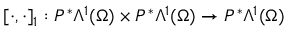
[ \cdot , \cdot ] _ { 1 } : P ^ { \ast } \Lambda ^ { 1 } ( \Omega ) \times P ^ { \ast } \Lambda ^ { 1 } ( \Omega ) \to P ^ { \ast } \Lambda ^ { 1 } ( \Omega )